Vaccination report Assam 1896-1927 - 1896-1927
Year: 1896
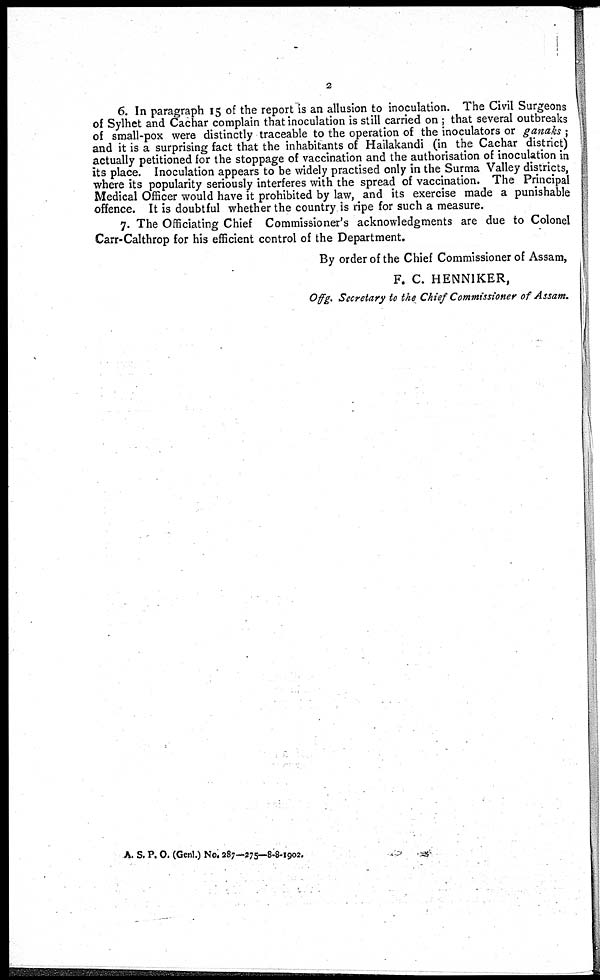
2
6. In paragraph 15 of the report is an allusion to inoculation. The Civil Surgeons
of Sylhet and Cachar complain that inoculation is still carried on ; that several outbreaks
of small-pox were distinctly traceable to the operation of the inoculators or ganaks ;
and it is a surprising fact that the inhabitants of Hailakandi (in the Cachar district)
actually petitioned for the stoppage of vaccination and the authorisation of inoculation in
its place. Inoculation appears to be widely practised only in the Surma Valley districts,
where its popularity seriously interferes with the spread of vaccination. The Principal
Medical Officer would have it prohibited by law, and its exercise made a punishable
offence. It is doubtful whether the country is ripe for such a measure.
7. The Officiating Chief Commissioner's acknowledgments are due to Colonel
Carr-Calthrop for his efficient control of the Department.
By order of the Chief Commissioner of Assam,
F. C. HENNIKER,
Offg. Secretary to the Chief Commissioner of Assam.
A. S. P. O. (Genl.) No. 287—275—8-8-1902.